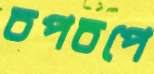
চপচপে